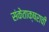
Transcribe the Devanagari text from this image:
संकेताक्षराची